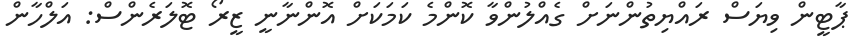
ޕާޓީން ވިޔަސް ރައްޔިތުންނަށް ގެއްލުންވާ ކޮންމެ ކަމަކަށް އޮންނާނީ ޒީރޯ ޓޮލަރެންސް: އަލްހާން